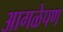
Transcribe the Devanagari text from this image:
आगळेपण